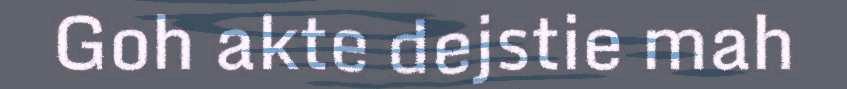
Goh akte dejstie mah